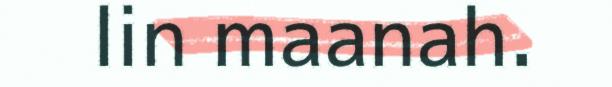
lin maanah.